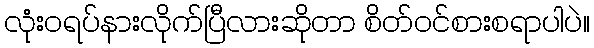
လုံးဝရပ်နားလိုက်ပြီလားဆိုတာ စိတ်ဝင်စားစရာပါပဲ။